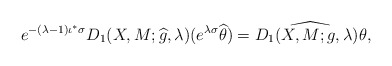
\begin{align*} e^{-(\lambda-1)\iota^*\sigma}D_1(X,M;\widehat{g},\lambda)(e^{\lambda \sigma}\widehat{\theta}) =\widehat{D_1(X,M;g,\lambda)\theta}, \end{align*}